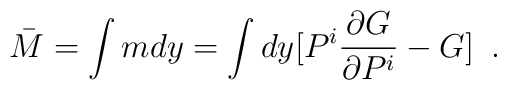
\bar M = \int m  dy  =  \int dy [P^i \frac{ \partial G}{\partial P^i}-G] \,\,\, .